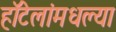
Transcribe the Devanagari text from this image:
हॉटेलांमधल्या